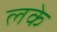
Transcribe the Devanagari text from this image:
लके